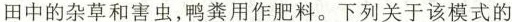
田中的杂草和害虫，鸭粪用作肥料。下列关于该模式的